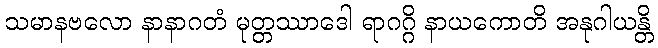
သမာနဗလော နာနာဂတံ မုတ္တဿာဒေါ ရာဂဂ္ဂိ နာယကောတိ အနုဂါယန္တိ